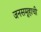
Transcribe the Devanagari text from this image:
जनसमूहाची